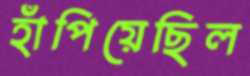
হাঁপিয়েছিল